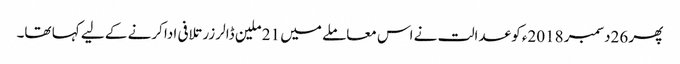
پھر 26دسمبر 2018ء کو عدالت نے اس معاملے میں 21 ملین ڈالر زر تلافی ادا کرنے کے لیے کہا تھا۔